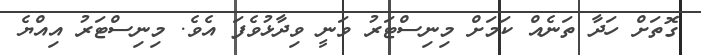
ގޮތަށް ހަދާ ތަނެއް ކަމަށް މިނިސްޓަރު ވަނީ ވިދާޅުވެފަ އެވެ. މިނިސްޓަރު އިއްޔެ